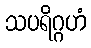
သပရိဂ္ဂဟံ